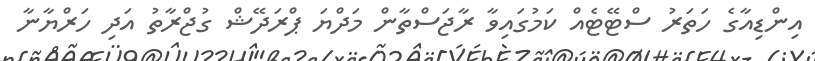
އިންޑިއާގެ ހަތަރު ސްޓޭޓެއް ކަމުގައިވާ ރާޖަސްތާން މަދްޔަ ޕްރަދޭޝް ގުޖްރާތު އަދި ހަރްޔާނާ